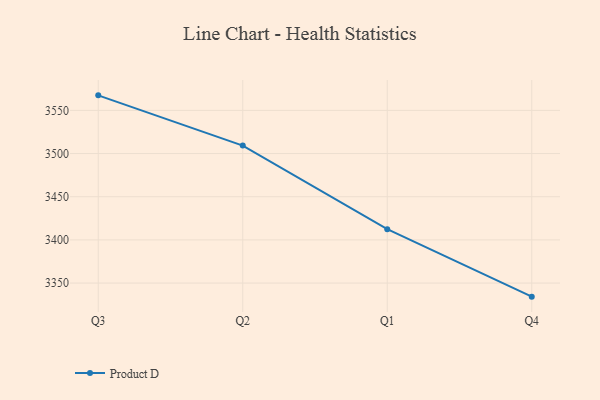
{"axis": {"x": "Quarter", "y": "Gross Profit (USD K)"}, "legend": ["Product D"], "data": [{"x": "Q3", "y": 3567.4, "type": "Product D"}, {"x": "Q2", "y": 3509.2, "type": "Product D"}, {"x": "Q1", "y": 3412.4, "type": "Product D"}, {"x": "Q4", "y": 3334.3, "type": "Product D"}]}